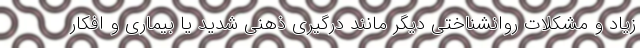
زیاد و مشکلات روانشناختی دیگر مانند درگیری ذهنی شدید یا بیماری و افکار